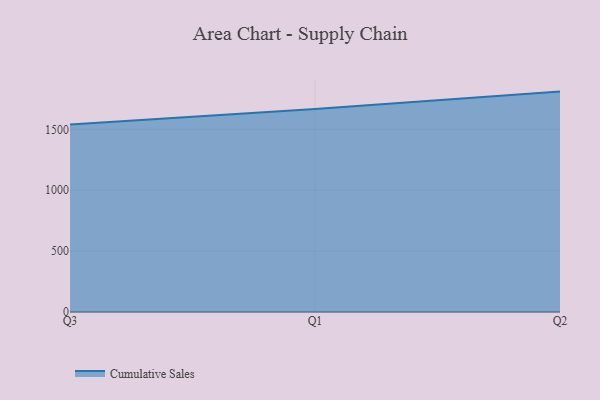
{"axis": {"x": "Quarter", "y": "Operating Costs (USD K)"}, "legend": ["Cumulative Sales"], "data": [{"x": "Q3", "y": 1540.6, "type": "Cumulative Sales"}, {"x": "Q1", "y": 1668.6, "type": "Cumulative Sales"}, {"x": "Q2", "y": 1810.7, "type": "Cumulative Sales"}]}